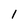
Character: 1